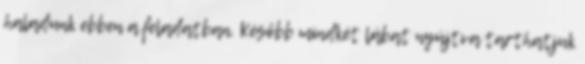
haladunk ebben a feladatban. Később mindkét lábat nyújtva tarthatjuk